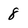
Character: 8